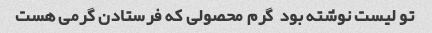
تو لیست نوشته بود  گرم محصولی که فرستادن گرمی هست